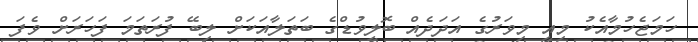
ހަމަޖެހުމާއެކު މިއީ މިވަރުގެ އަދަދެއް ބޮލީވުޑްގެ ބަތަލާއަކަށް ލިބޭ ފުރަތަމަ ފަހަރަށް ވެފަ